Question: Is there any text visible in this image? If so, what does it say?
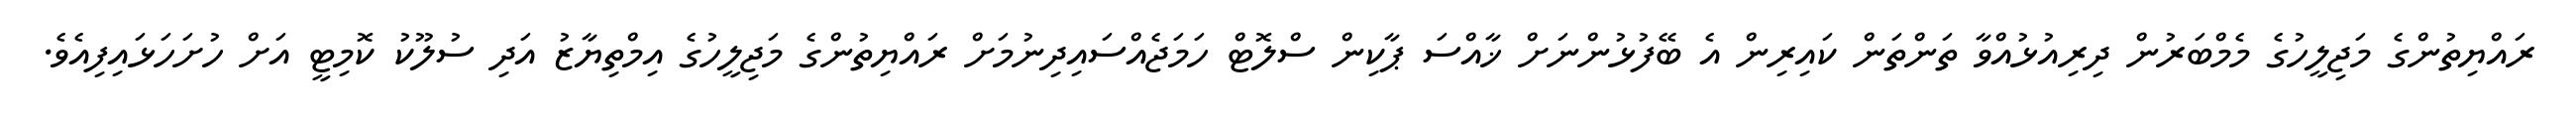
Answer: ރައްޔިތުންގެ މަޖިލީހުގެ މެމްބަރުން ދިރިއުޅުއްވާ ތަންތަން ކައިރިން އެ ބޭފުޅުންނަށް ޚާއްސަ ޕާކިން ސްލޮޓް ހަމަޖެއްސައިދިނުމަށް ރައްޔިތުންގެ މަޖިލީހުގެ އިމްތިޔާޒު އަދި ސުލޫކު ކޮމިޓީ އަށް ހުށަހަޅައިފިއެވެ.